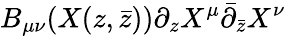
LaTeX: B_{\mu\nu}(X(z,\bar{z}))\partial_{z}X^{\mu}\bar{\partial}_{\bar{z}}X^{\nu}